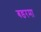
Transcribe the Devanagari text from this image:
बडरमा